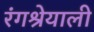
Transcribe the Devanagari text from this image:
रंगश्रेयाली